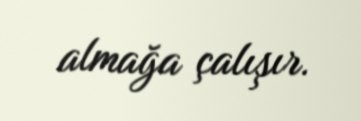
almağa çalışır.